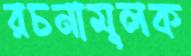
রচনামূলক